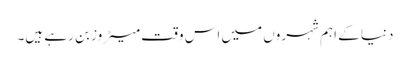
دنیا کے اہم شہروں میں اس وقت میٹروز بن رہے ہیں۔